Annual administration and progress report of the Indian Medical Department, Bombay
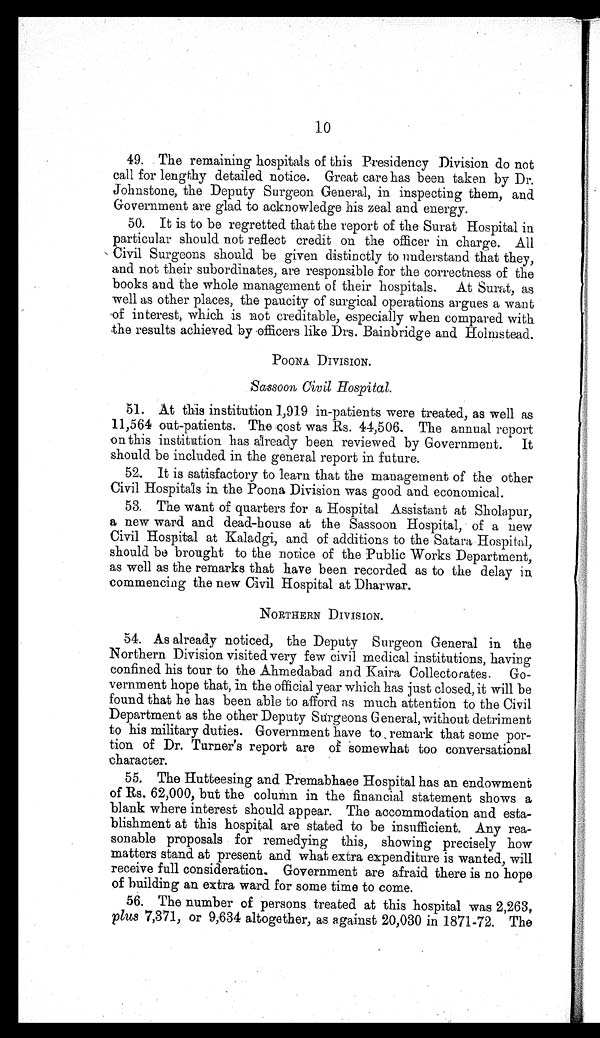
10
4 9 . T h e r e m a i n i n g h o s p i t a l s o f t h i s P r e s i d e n c y D i v i s i o n d o n o t
call for lengthy detailed notice. Great care has been taken by Dr.
Johnstone, the Deputy Surgeon General, in inspecting them, and
Government are glad to acknowledge his zeal and energy.
5 0 . I t i s t o b e r e g r e t t e d t h a t t h e r e p o r t o f t h e S u r a t H o s p i t a l i n
particular should not reflect credit on the officer in charge. All
Civil Surgeons should be given distinctly to understand that they,
and not their subordinates, are responsible for the correctness of the
books and the whole management of their hospitals. At Surat, as
well as other places, the paucity of surgical operations argues a want
of interest, which is not creditable, especially when compared with
the results achieved by officers like Drs. Bainbridge and Holmstead.
POONA DIVISION.
Sassoon Civil Hospital.
51. At this institution 1,919 in-patients were treated, as well as
11,564 out-patients. The cost was Rs. 44,506. The annual report
on this institution has already been reviewed by Government. It
should be included in the general report in future.
52. It is satisfactory to learn that the management of the other
Civil Hospitals in the Poona Division was good and economica
.
53. The want of quarters for a Hospital Assistant at Sholapur,
a new ward and dead-house at the Sassoon Hospital, of a new
Civil Hospital at Kaladgi, and of additions to the Satara Hospital,
should be brought to the notice of the Public Works Department,
as well as the remarks that have been recorded as to the delay in
commencing the new Civil Hospital at Dharwar.
NORTHERN DIVISION
.
54. As already noticed, the Deputy Surgeon General in the
Northern Division visited very few civil medical institutions, having
confined his tour to the Ahmedabad and Kaira Collectorates. Go
-vernment hope t hat , i n t he offi ci al year whi ch has j ust cl osed, i t wi l l be
found that he has been able to afford as much attention to the Civil
Department as the other Deputy Surgeons General, without detriment
to his military duties. Government have to remark that some por
-t i on of Dr. Turner' s report are of somewhat t oo conversat i onal
character.
55. The Hut t eesi ng and Premabhaee Hospi t al has an endowment
of Rs. 62,000, but the column in the financial statement shows a
blank where interest should appear. The accommodation and esta
-blishment at this hospital are stated to be insufficient. Any rea
-sonabl e proposal s for remedyi ng thi s, showi ng preci sel y how
matters stand at present and what extra expenditure is wanted, will
receive full consideration. Government are afraid there is no hope
of building an extra ward for some time to come.
56. The number of persons treated at thi s hospi tal was 2, 263,
plus 7,371, or 9,634 altogether, as against 20,030 in 1871-72. The